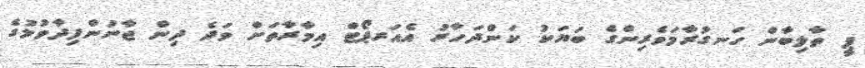
ޕީ ތާލިބާން ހަނގުރާމަވެރިންގެ ބަޔަކު ކަންދަހާރު އެއަރޕޯޓް އިމާރާތަށް ވަދެ ދިން ޖާނުންފިދާވުމުގެ